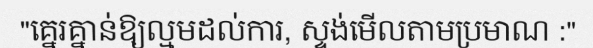
"គ្នេរគ្នាន់ឱ្យល្មមដល់ការ, ស្ទង់មើលតាមប្រមាណ :"